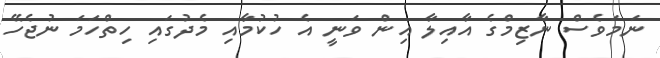
ނަމަވެސް ނާޒިމްގެ އާއިލާ އިން ވަނީ އެ ހުކުމާއި މެދުގައި ހިތްހަމަ ނުޖެހޭ